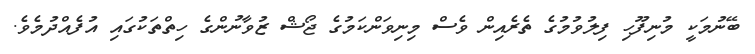
ބޭނުމަކީ މުނިފޫހި ފިލުވުމުގެ ތެރެއިން ވެސް މިނިވަންކަމުގެ ޖޯޝް ޒުވާނުންގެ ހިތްތަކުގައި އުފެއްދުމެވެ.